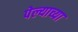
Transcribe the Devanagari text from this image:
पेल्याच्या